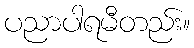
ပညာပါရမီတည်း။